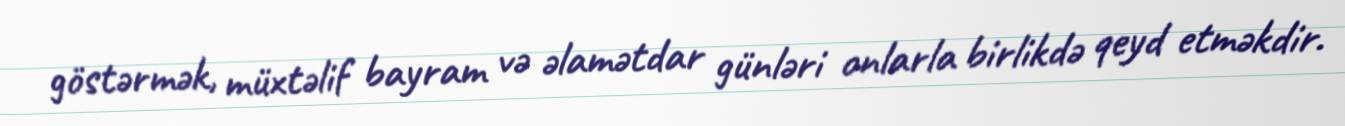
göstərmək, müxtəlif bayram və əlamətdar günləri onlarla birlikdə qeyd etməkdir.